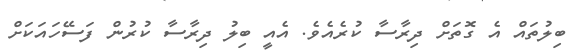
ބިލުތައް އެ ގޮތަށް ދިރާސާ ކުރެއެވެ. އެއީ ބިލު ދިރާސާ ކުރުން ފަސޭހައަކަށް